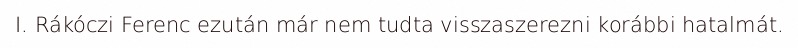
I. Rákóczi Ferenc ezután már nem tudta visszaszerezni korábbi hatalmát.